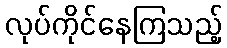
လုပ်ကိုင်နေကြသည့်